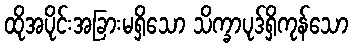
ထိုအပိုင်းအခြားမရှိသော သိက္ခာပုဒ်ရှိကုန်သော